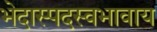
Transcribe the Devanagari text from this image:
भेदास्पदस्वभावाय